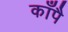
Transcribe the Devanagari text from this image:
काँपै